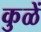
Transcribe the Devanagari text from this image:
कुळें